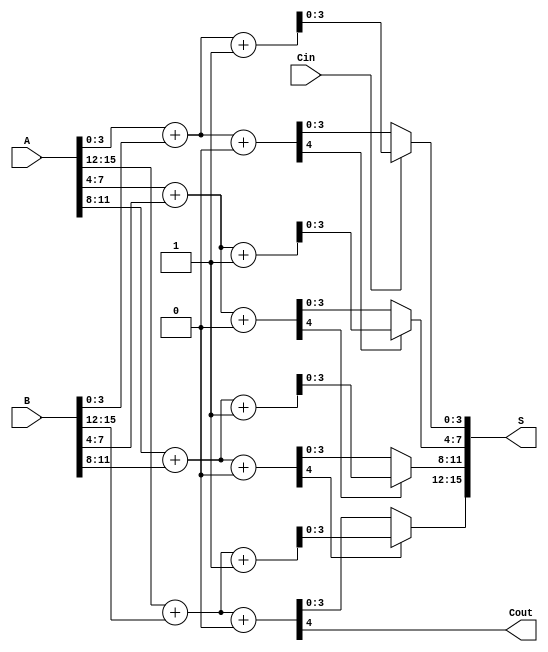
module han_carlson_adder #(parameter N = 16, // Total bit-width
                           parameter M = 4)  // Segment size
(
    input  [N-1:0] A,      // First operand
    input  [N-1:0] B,      // Second operand
    input  Cin,            // Carry-in
    output [N-1:0] S,      // Sum output
    output Cout            // Carry-out
);

    localparam NUM_BLOCKS = N / M; // Number of segments
    wire [M-1:0] sum0 [0:NUM_BLOCKS-1]; // Sums assuming carry-in = 0
    wire [M-1:0] sum1 [0:NUM_BLOCKS-1]; // Sums assuming carry-in = 1
    wire carry_out [0:NUM_BLOCKS-1];    // Carry-out from each block
    wire carry_select [0:NUM_BLOCKS-1];  // Carry select signals

    // Generate smaller adders for each segment
    genvar i;
    generate
        for (i = 0; i < NUM_BLOCKS; i = i + 1) begin : adder_blocks
            wire [M-1:0] A_segment = A[M*i +: M];
            wire [M-1:0] B_segment = B[M*i +: M];
            wire Cin_block = (i == 0) ? Cin : carry_out[i-1];

            // Full adders for carry-in = 0
            assign {carry_out[i], sum0[i]} = A_segment + B_segment + 1'b0;

            // Full adders for carry-in = 1
            assign {carry_out[i], sum1[i]} = A_segment + B_segment + 1'b1;

            // Carry select logic
            if (i > 0) begin
                assign carry_select[i] = carry_out[i-1];
            end else begin
                assign carry_select[i] = Cin;
            end
        end
    endgenerate

    // Final sum selection
    generate
        for (i = 0; i < NUM_BLOCKS; i = i + 1) begin : sum_selection
            assign S[M*i +: M] = carry_select[i] ? sum1[i] : sum0[i];
        end
    endgenerate

    // Final carry-out
    assign Cout = carry_out[NUM_BLOCKS-1];

endmodule